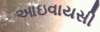
આઇવાયસી